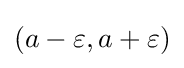
(a-\varepsilon ,a+\varepsilon )